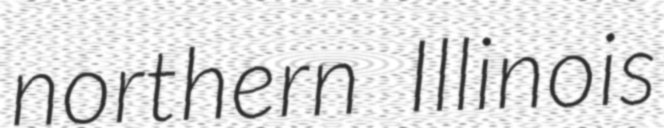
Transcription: northern Illinois